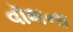
વૉશના